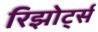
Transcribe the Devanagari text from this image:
रिझोर्ट्स